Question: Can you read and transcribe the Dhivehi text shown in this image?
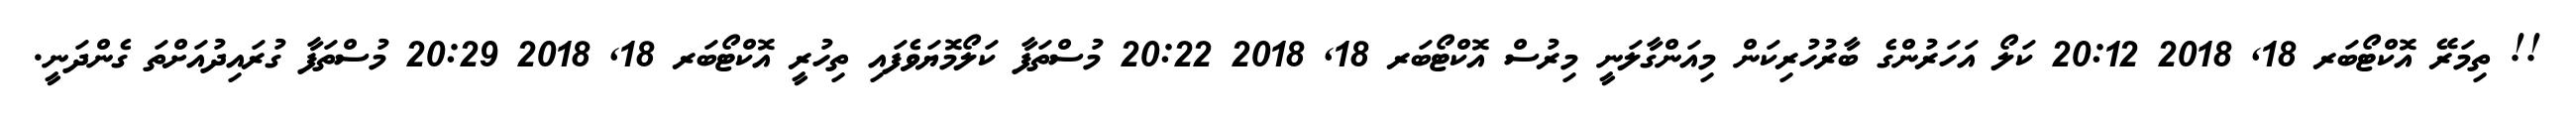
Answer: !! ތިމަރޭ އޮކްޓޯބަރ 18, 2018 20:12 ކަލޯ އަހަރުންގެ ބާރުހުރިކަން މިއަންގާލަނީ މިރުސް އޮކްޓޯބަރ 18, 2018 20:22 މުސްތަފާ ކަލޯމޮޔަވެފައި ތިހުރީ އޮކްޓޯބަރ 18, 2018 20:29 މުސްތަފާ ގުރައިދުއަށްތަ ގެންދަނީ.